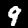
Digit: 9